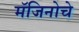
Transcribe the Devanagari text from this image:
मॅजिनोचे